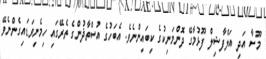
މޫސާ އަދި އަލްފާޟިލް ފޫޅުމާގޭ ދޮންމަނިކުގެ ކިބައިންނެވެ. އެބަހުގެ އުސްތާޛުންގެ ތެރޭގައި ހިމެނިވަޑައިގެންނެވޭ